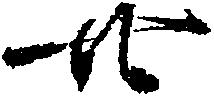
廿